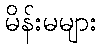
မိန်းမများ